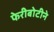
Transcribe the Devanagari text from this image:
फेरीबोटीने